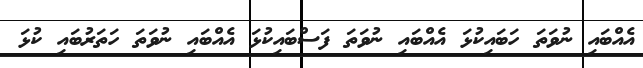
އެއްބައި ނުވަތަ ހަބައިކުޅަ އެއްބައި ނުވަތަ ފަސްބައިކުޅަ އެއްބައި ނުވަތަ ހަތަރުބައި ކުޅަ